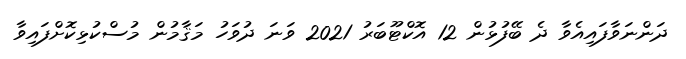
ދަންނަވާފައިއެވާ ދެ ބޭފުޅުން 12 އޮކްޓޫބަރު 2021 ވަނަ ދުވަހު މަޤާމުން މުސްކުޅިކޮށްފައިވާ